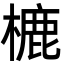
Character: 樚